画像に写った文字を読んでください
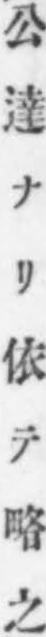
「公達ナリ依テ略之」と書いてあります